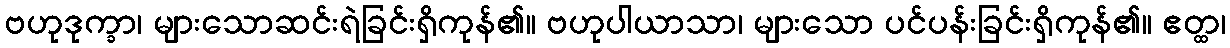
ဗဟုဒုက္ခာ၊ များသောဆင်းရဲခြင်းရှိကုန်၏။ ဗဟုပါယာသာ၊ များသော ပင်ပန်းခြင်းရှိကုန်၏။ ဧတ္ထ၊